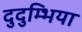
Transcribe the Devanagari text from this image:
दुदुम्भिया